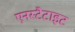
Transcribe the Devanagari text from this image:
एनस्टैटाइट